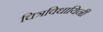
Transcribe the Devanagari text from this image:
चित्रविधायिनी